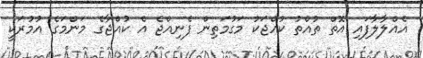
އެއްލާލާފައި އޮތް ތުއްތު ކުއްޖަކު މަގުމަތިން ފެނިއްޖެ އެ ކުއްޖާގެ މަންމަގެ އުމުރަކީ